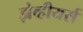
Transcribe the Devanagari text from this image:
झेव्हीयर्स